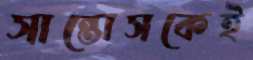
সান্তোসকেই